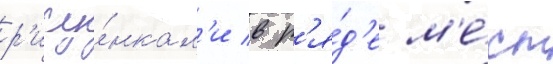
р'ису́нкам'и в р'я́д'е м'е́ст